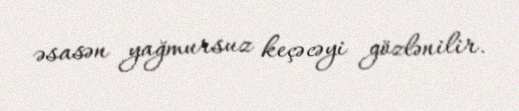
əsasən yağmursuz keçəcəyi gözlənilir.